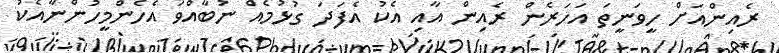
ރެއިންއަށް ހީވަނީތަ އަހަރެން ރެއިން އާއި އެކު އެފަދަ ގުޅުމެއް ނުބާއްވަ އެހެންމީހުންނާއެކު